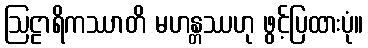
ဩဠာရိကဿာတိ မဟန္တဿဟု ဖွင့်ပြထားပုံ။